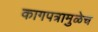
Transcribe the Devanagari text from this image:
कागपत्रामुळेच